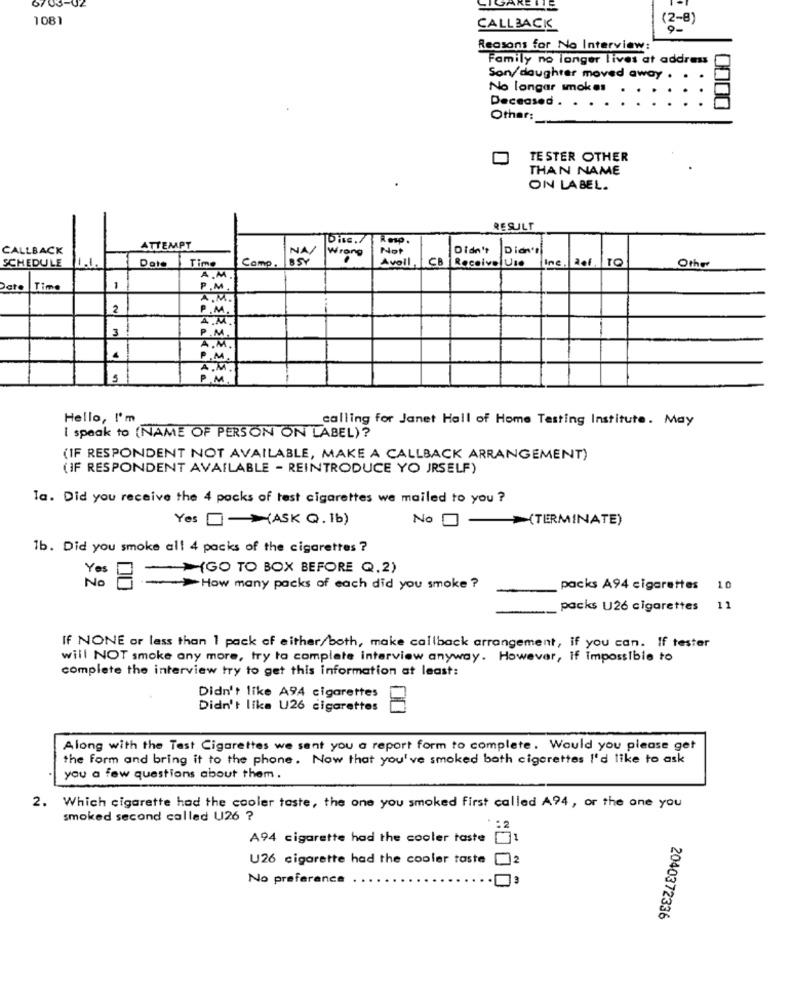
1081
(2-8)
CALLBACK
Reasons for No Interview:
Family no longer lives at address
Son/daughter moved away .
No longar smokes
Deceased . . . .
0000
Othar:
TESTER OTHER
THAN NAME
ON LABEL.
RESULT
Disc ..
Resp.
CALLBACK
ATTEMPT
NA/
Wrong
Not
Didn't
Didn't
Date
Time
Camp.
Avoll,
CB Receive Use
Inc. 201
TO
SCHEDULE
.1.
A.M.
Other
1
Date |Time
P. M.
A.M.
2
P. M .
A.M.
P.M.
A.M
M .
P. M.
A. M.
P.M.
Hello, I'm
calling for Janet Hall of Home Tasting Institute. May
I speak to (NAME OF PERSON ON LABEL) ?
(IF RESPONDENT NOT AVAILABLE, MAKE A CALLBACK ARRANGEMENT)
(IF RESPONDENT AVAILABLE - REINTRODUCE YO JRSELF)
Ta. Did you receive the 4 packs of test cigarettes we mailed to you ?
Yes -ASK Q. 1b)
No
>(TERMINATE)
1b. Did you smoke al! 4 packs of the cigarettes ?
Yes
- (GO TO BOX BEFORE Q.2)
No
->How many packs of each did you smoke ?
packs A94 cigarettes 10
packs U26 cigarettes 11
IF NONE or less than 1 pack of either/both, make callback arrangement, if you can. If tester
will NOT smoke any more, try to complete interview anyway. However, If Impossible to
complete the interview try to get this information at least:
Didn't like A94 cigarettes
Didn't like U26 cigarettes
Along with the Test Cigarettes we sent you a report form to complete. Would you please get
the form and bring it to the phone. Now that you've smoked both cigarettes I'd like to ask
you a few questions about them .
2. Which cigarette had the cooler taste, the one you smoked first called A94, or the one you
smoked second called U26 ?
A94 cigarette had the cooler taste
71
U26 cigarette had the cooler taste
No preference
2040372336